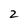
Character: 2